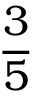
\frac { 3 } { 5 }